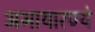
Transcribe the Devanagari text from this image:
अभायारण्ये